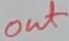
Text: out